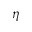
\eta